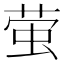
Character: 萤